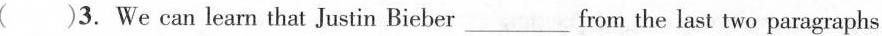
( )3.We can learn that Justin Bieber ___ from the last two paragraphs.